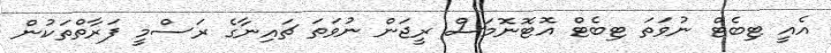
އެއީ ޓިބެޓް ނުވަތަ ޓިބެޓް އޮޓޮނޮމަސް ރީޖަން ނުވަތަ ޗައިނާގެ ރަސްމީ ފަރާތްތަކުން